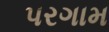
પરગામ